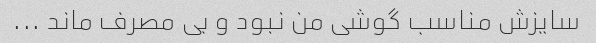
سایزش مناسب گوشی من نبود و بی مصرف ماند ...